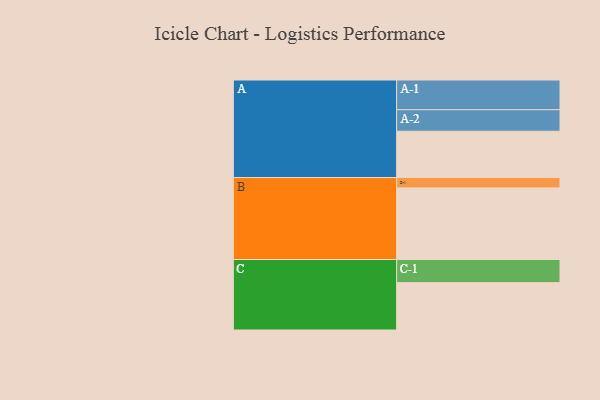
{"axis": {"x": "Segment", "y": "Value"}, "legend": ["", "A", "B", "C"], "data": [{"x": "A", "y": 368, "type": ""}, {"x": "B", "y": 569, "type": ""}, {"x": "C", "y": 376, "type": ""}, {"x": "A-1", "y": 236, "type": "A"}, {"x": "A-2", "y": 171, "type": "A"}, {"x": "B-1", "y": 82, "type": "B"}, {"x": "C-1", "y": 184, "type": "C"}]}